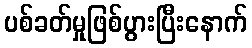
ပစ်ခတ်မှုဖြစ်ပွားပြီးနောက်